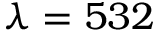
\lambda = 5 3 2